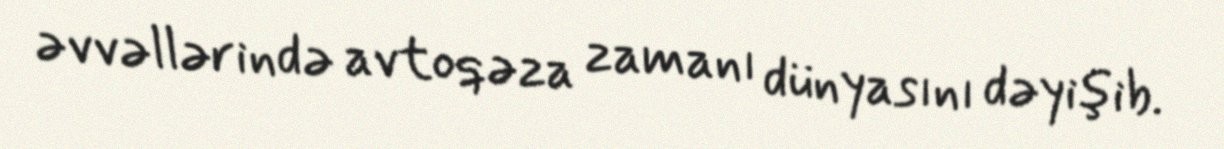
əvvəllərində avtoqəza zamanı dünyasını dəyişib.